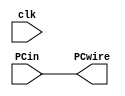
`timescale 1ns / 1ps


module PCregister(
    output [31:0] PCwire,
    input [31:0] PCin,
	 input clk
    );
	 
	 
	 reg[31:0] PCreg;
	 
	 always@(*)
	 begin 
	     PCreg = PCin;
	 end
	 
	 assign PCwire = PCreg; 

endmodule